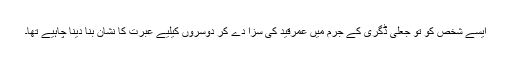
ایسے شخص کو تو جعلی ڈگری کے جرم میں عمرقید کی سزا دے کر دوسروں کیلیے عبرت کا نشان بنا دینا چاہیے تھا۔